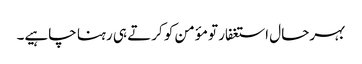
بہرحال استغفار تو مؤمن کو کرتے ہی رہنا چاہیے۔